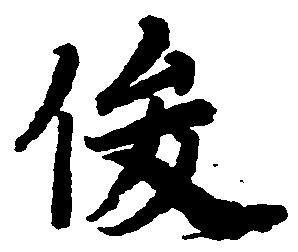
俊